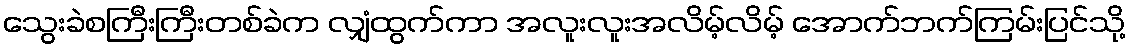
သွေးခဲစကြီးကြီးတစ်ခဲက လျှံထွက်ကာ အလူးလူးအလိမ့်လိမ့် အောက်ဘက်ကြမ်းပြင်သို့